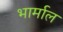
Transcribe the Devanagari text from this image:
भार्माल